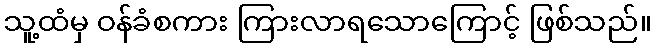
သူ့ထံမှ ဝန်ခံစကား ကြားလာရသောကြောင့် ဖြစ်သည်။